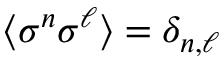
\langle \sigma ^ { n } \sigma ^ { \ell } \rangle = \delta _ { n , \ell }